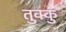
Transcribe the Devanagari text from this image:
तुक्कु